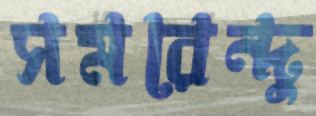
সমরেন্দু